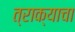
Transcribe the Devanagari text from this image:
त्राक्याचा